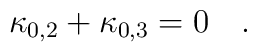
\kappa_{0,2} + \kappa_{0,3} = 0 \quad .